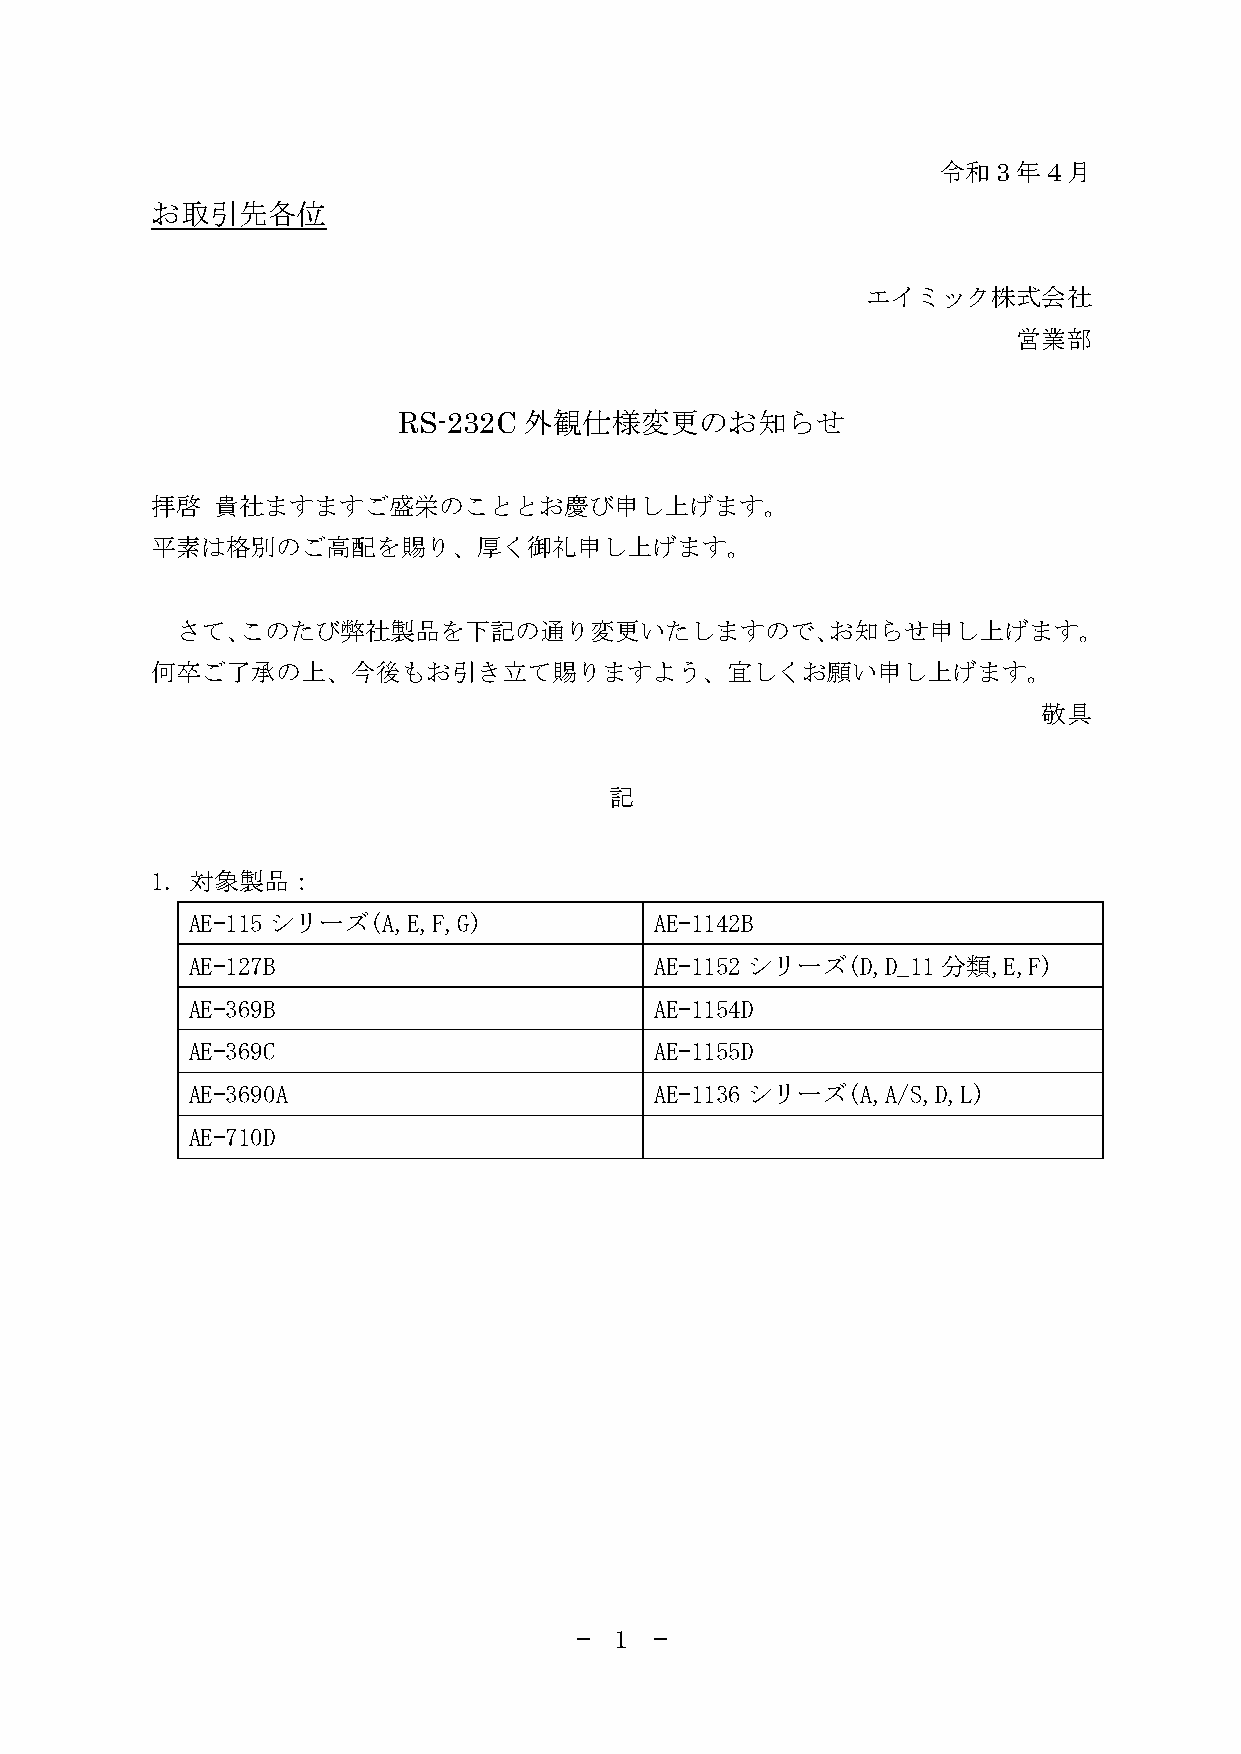
令和3年４月
 お取引先各位
 エイミック株式会社
 営業部
 RS-232C  外観仕様変更のお知らせ
 拝啓  貴社ますますご盛栄のこととお慶び申し上げます。
 平素は格別のご高配を賜り、厚く御礼申し上げます。
 さて、このたび弊社製品を下記の通り変更いたしますので、お知らせ申し上げます。
 何卒ご了承の上、今後もお引き立て賜りますよう、宜しくお願い申し上げます。
 敬具
 記
 1. 対象製品：
 AE-115シリーズ(A,E,F,G)            AE-1142B
 AE-127B                        AE-1152シリーズ(D,D_11分類,E,F)
 AE-369B                        AE-1154D
 AE-369C                        AE-1155D
 AE-3690A                       AE-1136シリーズ(A,A/S,D,L)
 AE-710D
 —  1 —